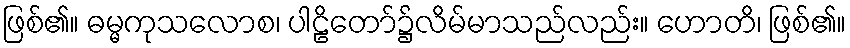
ဖြစ်၏။ ဓမ္မကုသလောစ၊ ပါဠိတော်၌လိမ်မာသည်လည်း။ ဟောတိ၊ ဖြစ်၏။